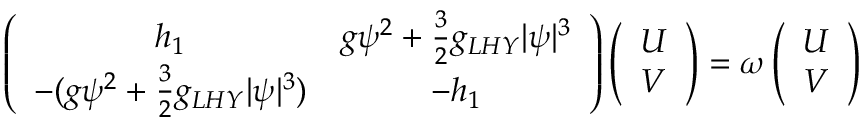
\begin{array} { r } { \left( \begin{array} { c c c c } { h _ { 1 } } & { g \psi ^ { 2 } + \frac { 3 } { 2 } g _ { L H Y } | \psi | ^ { 3 } } \\ { - ( g \psi ^ { 2 } + \frac { 3 } { 2 } g _ { L H Y } | \psi | ^ { 3 } ) } & { - h _ { 1 } } \end{array} \right) \left( \begin{array} { c } { U } \\ { V } \end{array} \right) = \omega \left( \begin{array} { c } { U } \\ { V } \end{array} \right) } \end{array}